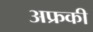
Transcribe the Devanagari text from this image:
अफ्रकी